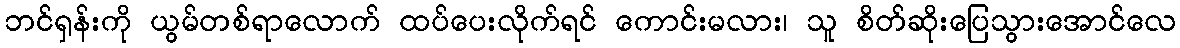
ဘင်ရှန်းကို ယွမ်တစ်ရာလောက် ထပ်ပေးလိုက်ရင် ကောင်းမလား၊ သူ စိတ်ဆိုးပြေသွားအောင်လေ